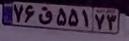
۷۶ق۵۵۱۷۳